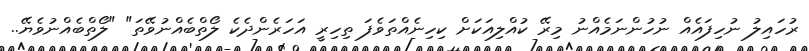
ރުހައިލު ނުހިފައެއް ނުހުންނަމެއްނު މިރޭ ކުއްލިއަކަށް ކިހިނެއްތަވެފަ ތިހިރީ އަހަރެންދެކެ ލޯތްބެއްނުވޭތަ" "ލޯތްބެއްނުވެޔޭ..